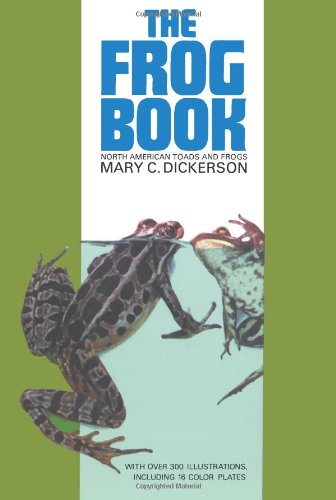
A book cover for The Frog Book; Mary C. Dickerson; Sports & Outdoors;